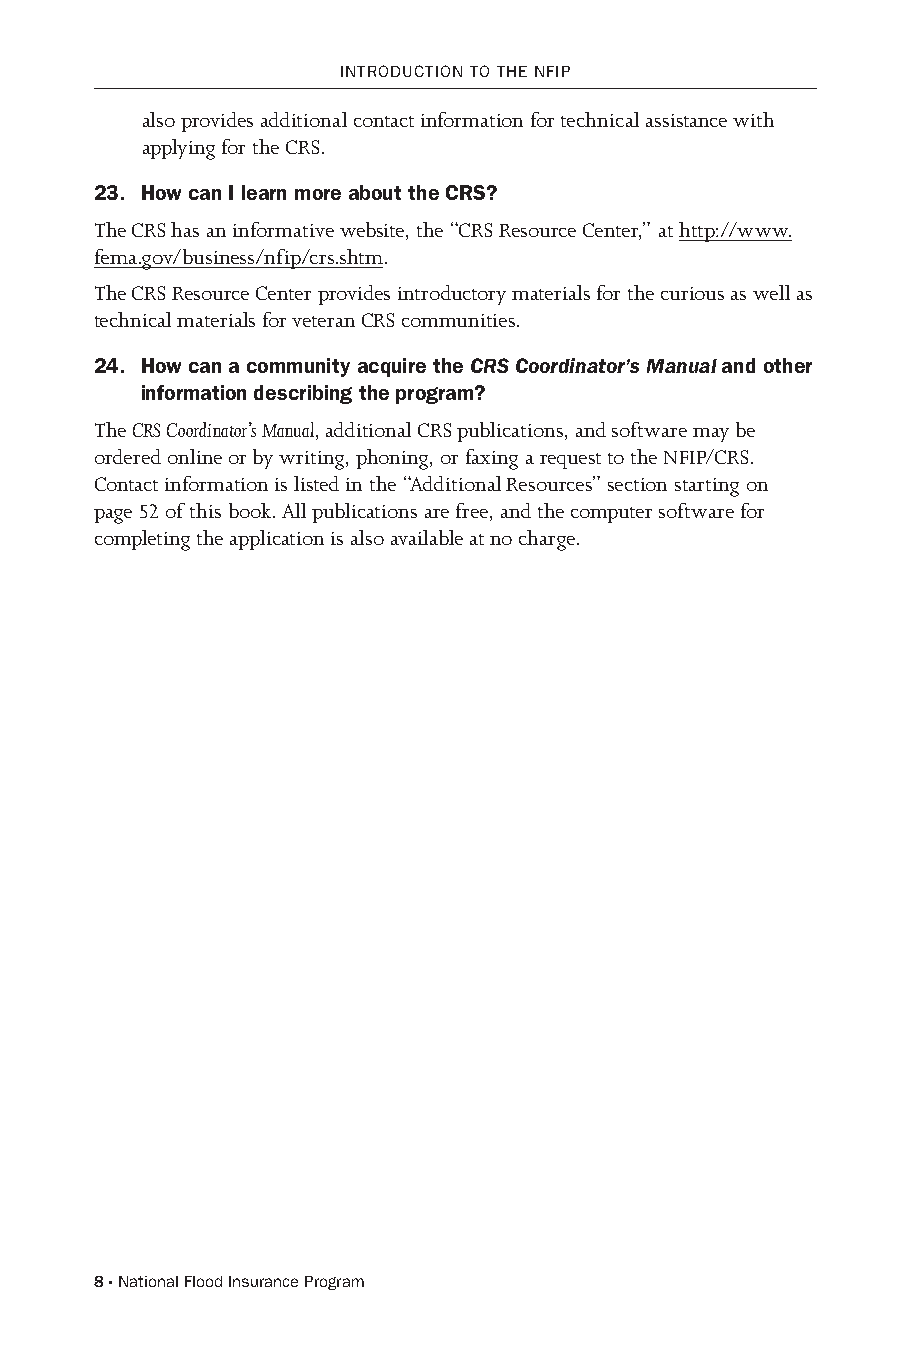
INTRoDuCTIoN To ThE NFIP
 also provides additional contact information for technical assistance with
 applying for the CRS.
 23. How can I learn more about the CRS?
 The CRS has an informative website, the “CRS Resource Center,” at http://www.
 fema.gov/business/nfip/crs.shtm.
 The CRS Resource Center provides introductory materials for the curious as well as
 technical materials for veteran CRS communities.
 24. How can a community acquire the CRS Coordinator’s Manual and other
 information describing the program?
 The CRS Coordinator’s Manual, additional CRS publications, and software may be
 ordered online or by writing, phoning, or faxing a request to the NFIP/CRS.
 Contact information is listed in the “Additional Resources” section starting on
 page 52 of this book. All publications are free, and the computer software for
 completing the application is also available at no charge.
 8 · National Flood Insurance Program